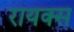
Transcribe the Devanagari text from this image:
रायक्स